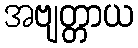
အဗျတ္တာယ